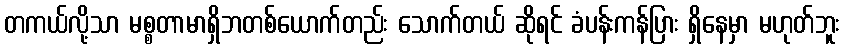
တကယ်လို့သာ မစ္စတာမာရှိဘတစ်ယောက်တည်း သောက်တယ် ဆိုရင် ခံပန်းကန်ပြား ရှိနေမှာ မဟုတ်ဘူး